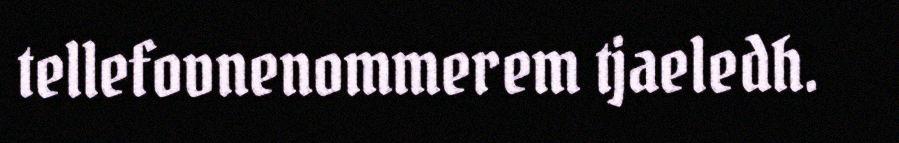
tellefovnenommerem tjaeledh.